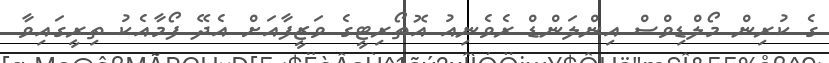
ގެ ކުރިން މޯލްޑިވްސް އިންލަންޑް ރެވެނިއު އޮތޯރިޓީގެ ވަޒީފާއަށް އެދޭ ފޯމާއެކު ތިރީގައިވާ